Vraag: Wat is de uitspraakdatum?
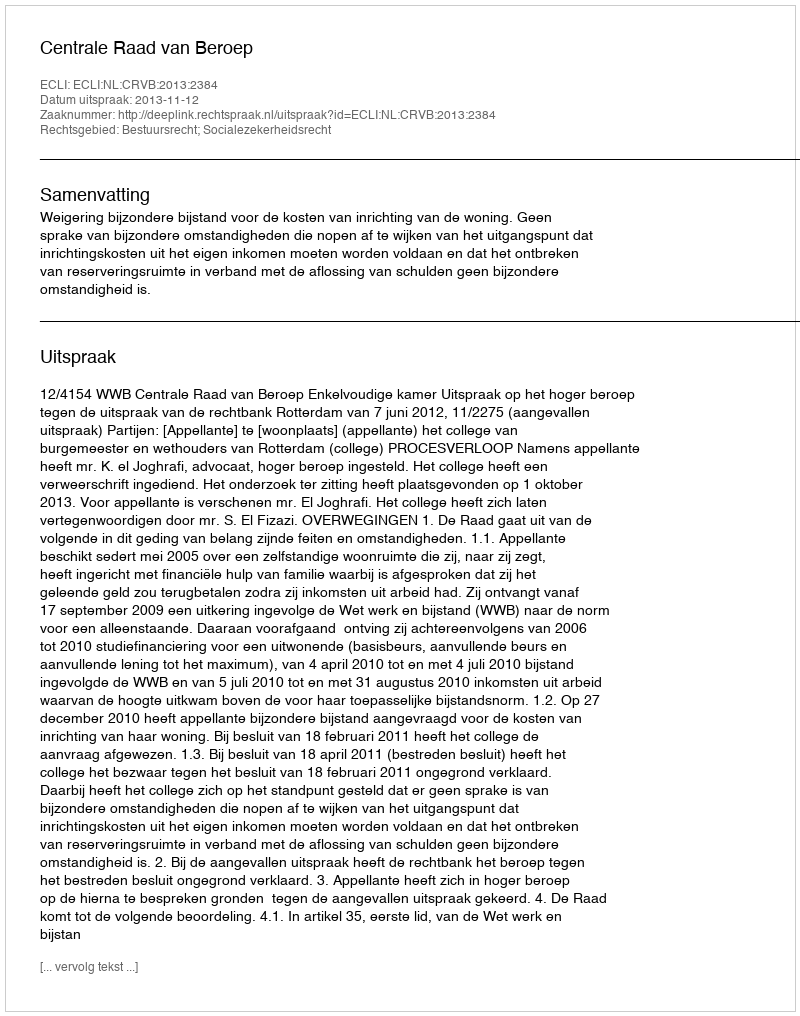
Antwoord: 2013-11-12